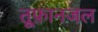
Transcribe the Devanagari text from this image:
तूफ़ानजल